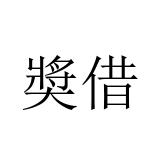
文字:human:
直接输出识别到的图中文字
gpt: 奬借